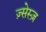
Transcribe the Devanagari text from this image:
ज़्सेस्ज़